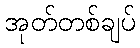
အုတ်တစ်ချပ်